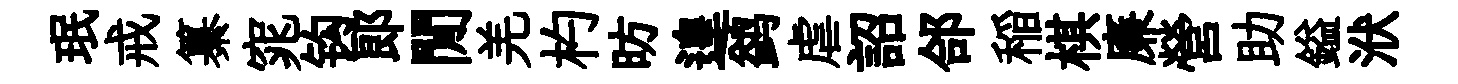
珉戒纂窕钩郞閒羌杓昉遑鹢虐詔郃稲棋廉營助鎰洑